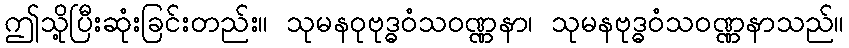
ဤသို့ပြီးဆုံးခြင်းတည်း။ သုမနဝုဗုဒ္ဓဝံသဝဏ္ဏနာ၊ သုမနဗုဒ္ဓဝံသဝဏ္ဏနာသည်။